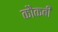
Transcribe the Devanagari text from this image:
कौकबी